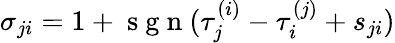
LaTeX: \sigma_{ji}=1+\mathrm{~s~g~n~}(\tau_{j}^{(i)}-\tau_{i}^{(j)}+s_{ji})